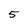
Character: 5